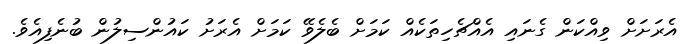
އެރަށަށް ވިއްކަން ގެނައި އެއްޗެހިތަކެއް ކަމަށް ބެލެވޭ ކަމަށް އެރަށު ކައުންސިލުން ބުނެފިއެވެ.